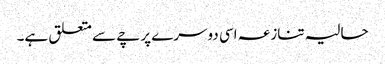
حالیہ تنازعہ اسی دوسرے پرچے سے متعلق ہے۔